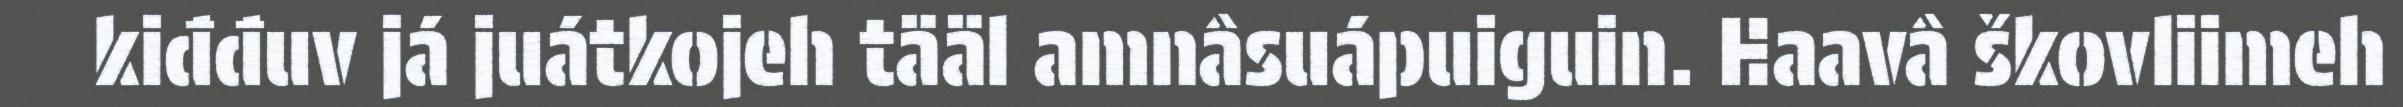
kiđđuv já juátkojeh tääl amnâsuápuiguin. Haavâ škovliimeh